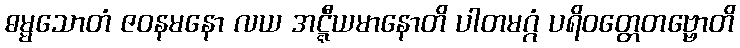
ဓမ္မသောတံ ဇဝနမနော လယ အဋ္ဋီယမာနောတိ ပါတမဂ္ဂံ ပရိဝတ္တေတဗ္ဗောတိ